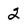
Character: 2